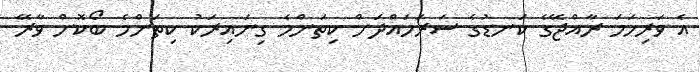
އެ ވަރިހަމަ ރާއްޖޭގެ ކަނޑުގެ ސަރަހައްދަށް ކިތަންމެ ގިނައިރަކު ކިތަންމެ ބޯކޮށް ވާރޭ